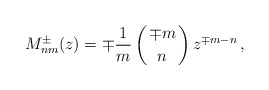
\begin{align*}M^\pm_{nm}(z)=\mp{1\over m}\left({\mp m\atop n}\right) z^{\mp m-n}\,,\end{align*}